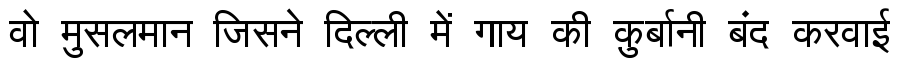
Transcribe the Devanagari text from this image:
वो मुसलमान जिसने दिल्ली में गाय की क़ुर्बानी बंद करवाई